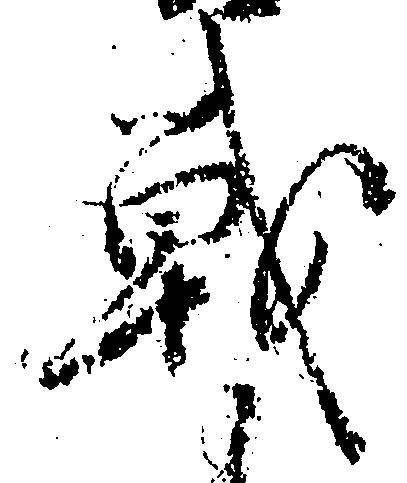
戦